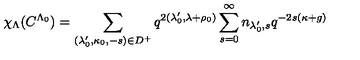
\chi _ { \Lambda } ( C ^ { \Lambda _ { 0 } } ) = \sum _ { ( \lambda _ { 0 } ^ { \prime } , \kappa _ { 0 } , - s ) \in D ^ { + } } q ^ { 2 ( \lambda _ { 0 } ^ { \prime } , \lambda + \rho _ { 0 } ) } \sum _ { s = 0 } ^ { \infty } n _ { \lambda _ { 0 } ^ { \prime } , s } q ^ { - 2 s ( \kappa + g ) }